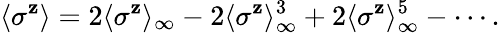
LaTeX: \langle\sigma^{\mathbf{z}}\rangle=2\langle\sigma^{\mathbf{z}}\rangle_{\infty}-2\langle\sigma^{\mathbf{z}}\rangle_{\infty}^{3}+2\langle\sigma^{\mathbf{z}}\rangle_{\infty}^{5}-\cdots.